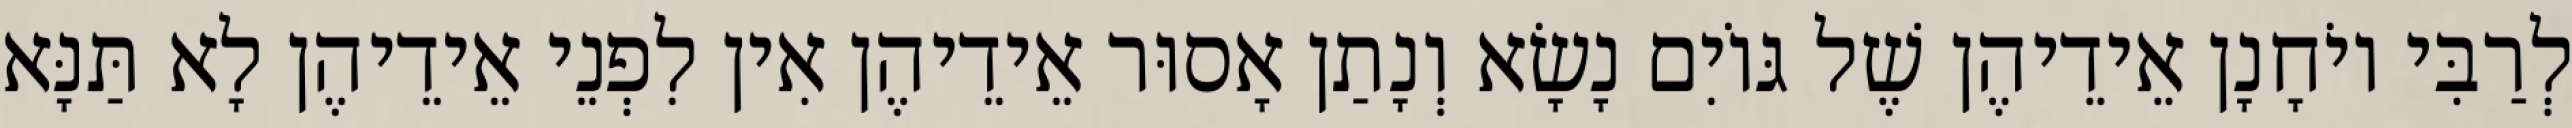
לְרַבִּי יוֹחָנָן אֵידֵיהֶן שֶׁל גּוֹיִם נָשָׂא וְנָתַן אָסוּר אֵידֵיהֶן אִין לִפְנֵי אֵידֵיהֶן לָא תַּנָּא